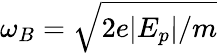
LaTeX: \omega_{B}=\sqrt{2e\vert E_{p}\vert/m}